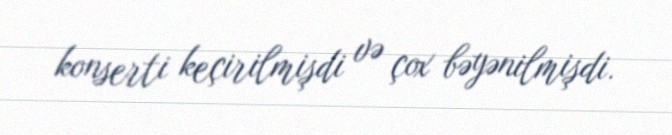
konserti keçirilmişdi və çox bəyənilmişdi.